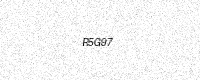
Text: R5G97